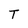
Character: T